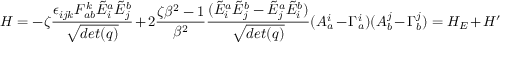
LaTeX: H = - \zeta { \frac { \epsilon _ { i j k } F _ { a b } ^ { k } { \tilde { E } } _ { i } ^ { a } { \tilde { E } } _ { j } ^ { b } } { \sqrt { d e t ( q ) } } } + 2 { \frac { \zeta \beta ^ { 2 } - 1 } { \beta ^ { 2 } } } { \frac { ( { \tilde { E } } _ { i } ^ { a } { \tilde { E } } _ { j } ^ { b } - { \tilde { E } } _ { j } ^ { a } { \tilde { E } } _ { i } ^ { b } ) } { \sqrt { d e t ( q ) } } } ( A _ { a } ^ { i } - \Gamma _ { a } ^ { i } ) ( A _ { b } ^ { j } - \Gamma _ { b } ^ { j } ) = H _ { E } + H ^ { \prime }